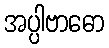
အပ္ပါဗာဓော